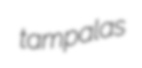
tampalas